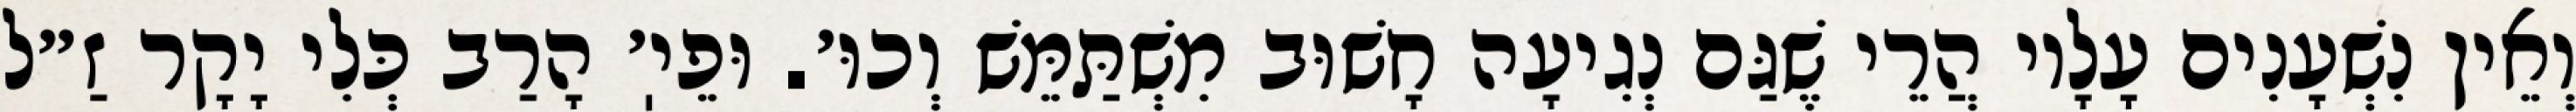
וְאֵין נִשְׁעָנִים עָלָיו הֲרֵי שֶׁגַּם נְגִיעָה חָשׁוּב מִשְׁתַּמֵּשׁ וְכוּ׳. וּפֵיֽ׳ הָרַב כְּלִי יָקָר זַ״ל